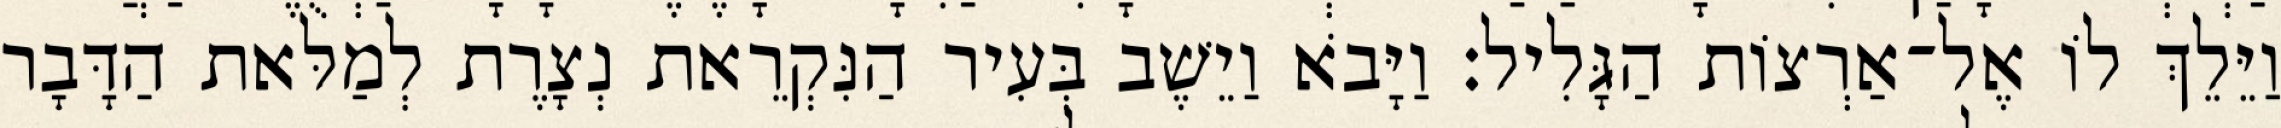
וַיֵּלֵךְ לוֹ אֶל־אַרְצוֹת הַגָּלִיל׃ וַיָּבֹא וַיֵשֶׁב בְּעִיר הַנִּקְרֵאת נְצָרֶת לְמַלּאת הַדָּבָר